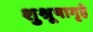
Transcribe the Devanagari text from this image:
शुश्रूषागृहे